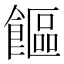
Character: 饇